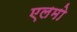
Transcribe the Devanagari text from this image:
एलमो